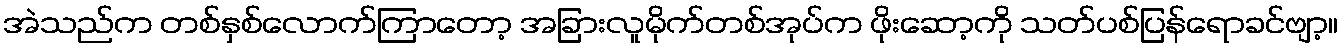
အဲသည်က တစ်နှစ်လောက်ကြာတော့ အခြားလူမိုက်တစ်အုပ်က ဖိုးဆော့ကို သတ်ပစ်ပြန်ရောခင်ဗျာ့။